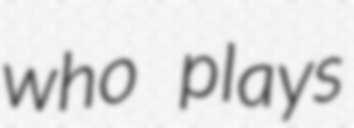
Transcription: who plays